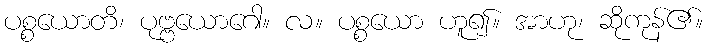
ပစ္စယောတိ၊ ပုဗ္ဗယောဂေါ။ လ။ ပစ္စယော ဟူ၍။ အာဟု၊ ဆိုကုန်၏။